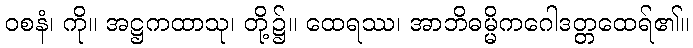
ဝစနံ၊ ကို။ အဋ္ဌကထာသု၊ တို့၌။ ထေရဿ၊ အာဘိဓမ္မိကဂေါဒတ္တထေရ်၏။